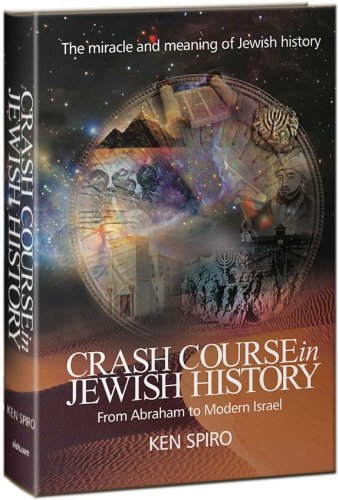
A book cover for Crash Course in Jewish History: The Miracle and Meaning of Jewish History, from Abraham to Modern Israel; Ken Spiro; History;